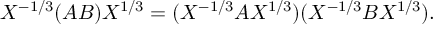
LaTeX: X ^ { - 1 / 3 } ( A B ) X ^ { 1 / 3 } = ( X ^ { - 1 / 3 } A X ^ { 1 / 3 } ) ( X ^ { - 1 / 3 } B X ^ { 1 / 3 } ) .